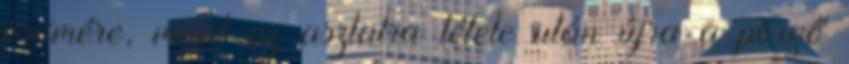
örömére, majd az asztalra tétele után újra a pörgő